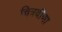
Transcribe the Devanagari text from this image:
चित्रवीणा